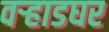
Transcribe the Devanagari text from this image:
वर्‍हाडघर